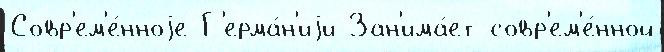
Совр'ем'е́нноjе Г'ерма́н'иjи Зан'има́ет совр'ем'е́нной